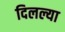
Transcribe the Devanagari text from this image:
दिलल्या